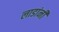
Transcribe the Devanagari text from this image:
लाडांनी